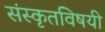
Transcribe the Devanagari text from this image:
संस्कृतविषयी